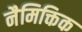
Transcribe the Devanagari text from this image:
नैमिक्तिक